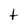
Character: t